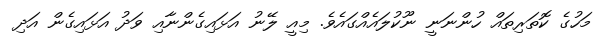
މަހުގެ ކޮތަރިތައް ހުންނަނީ ނޫކުލައެއްގައެވެ. މިއީ ލޭނު އަޅައިގެންނާއި ވަދު އަޅައިގެން އަދި